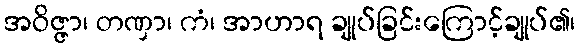
အဝိဇ္ဇာ၊ တဏှာ၊ ကံ၊ အာဟာရ ချုပ်ခြင်းကြောင့်ချုပ်၏၊